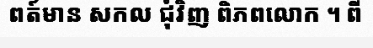
ពត៍មាន សកល ជុំវិញ ពិភពលោក ។ ពី